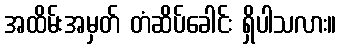
အထိမ်းအမှတ် တံဆိပ်ခေါင်း ရှိပါသလား။